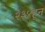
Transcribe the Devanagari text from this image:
२३४हून